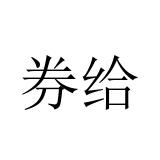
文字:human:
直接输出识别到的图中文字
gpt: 券给